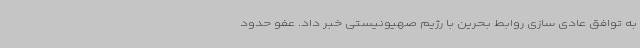
به توافق عادی سازی روابط بحرین با رژیم صهیونیستی خبر داد. عفو حدود